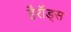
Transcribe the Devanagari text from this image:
हैरॉड्स